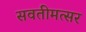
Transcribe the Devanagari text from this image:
सवतीमत्सर